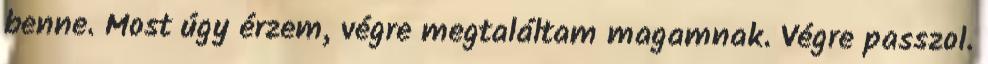
benne. Most úgy érzem, végre megtaláltam magamnak. Végre passzol.